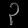
Digit: ၃